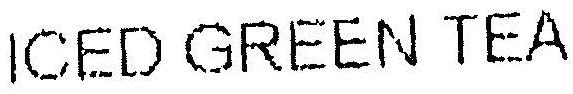
ICED GREEN TEA